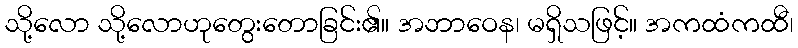
သို့လော သို့လောဟုတွေးတောခြင်း၏။ အဘာဝေန၊ မရှိသဖြင့်။ အကထံကထီ၊